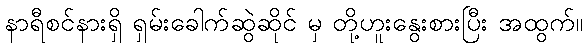
နာရီစင်နားရှိ ရှမ်းခေါက်ဆွဲဆိုင် မှ တို့ဟူးနွေးစားပြီး အထွက်။